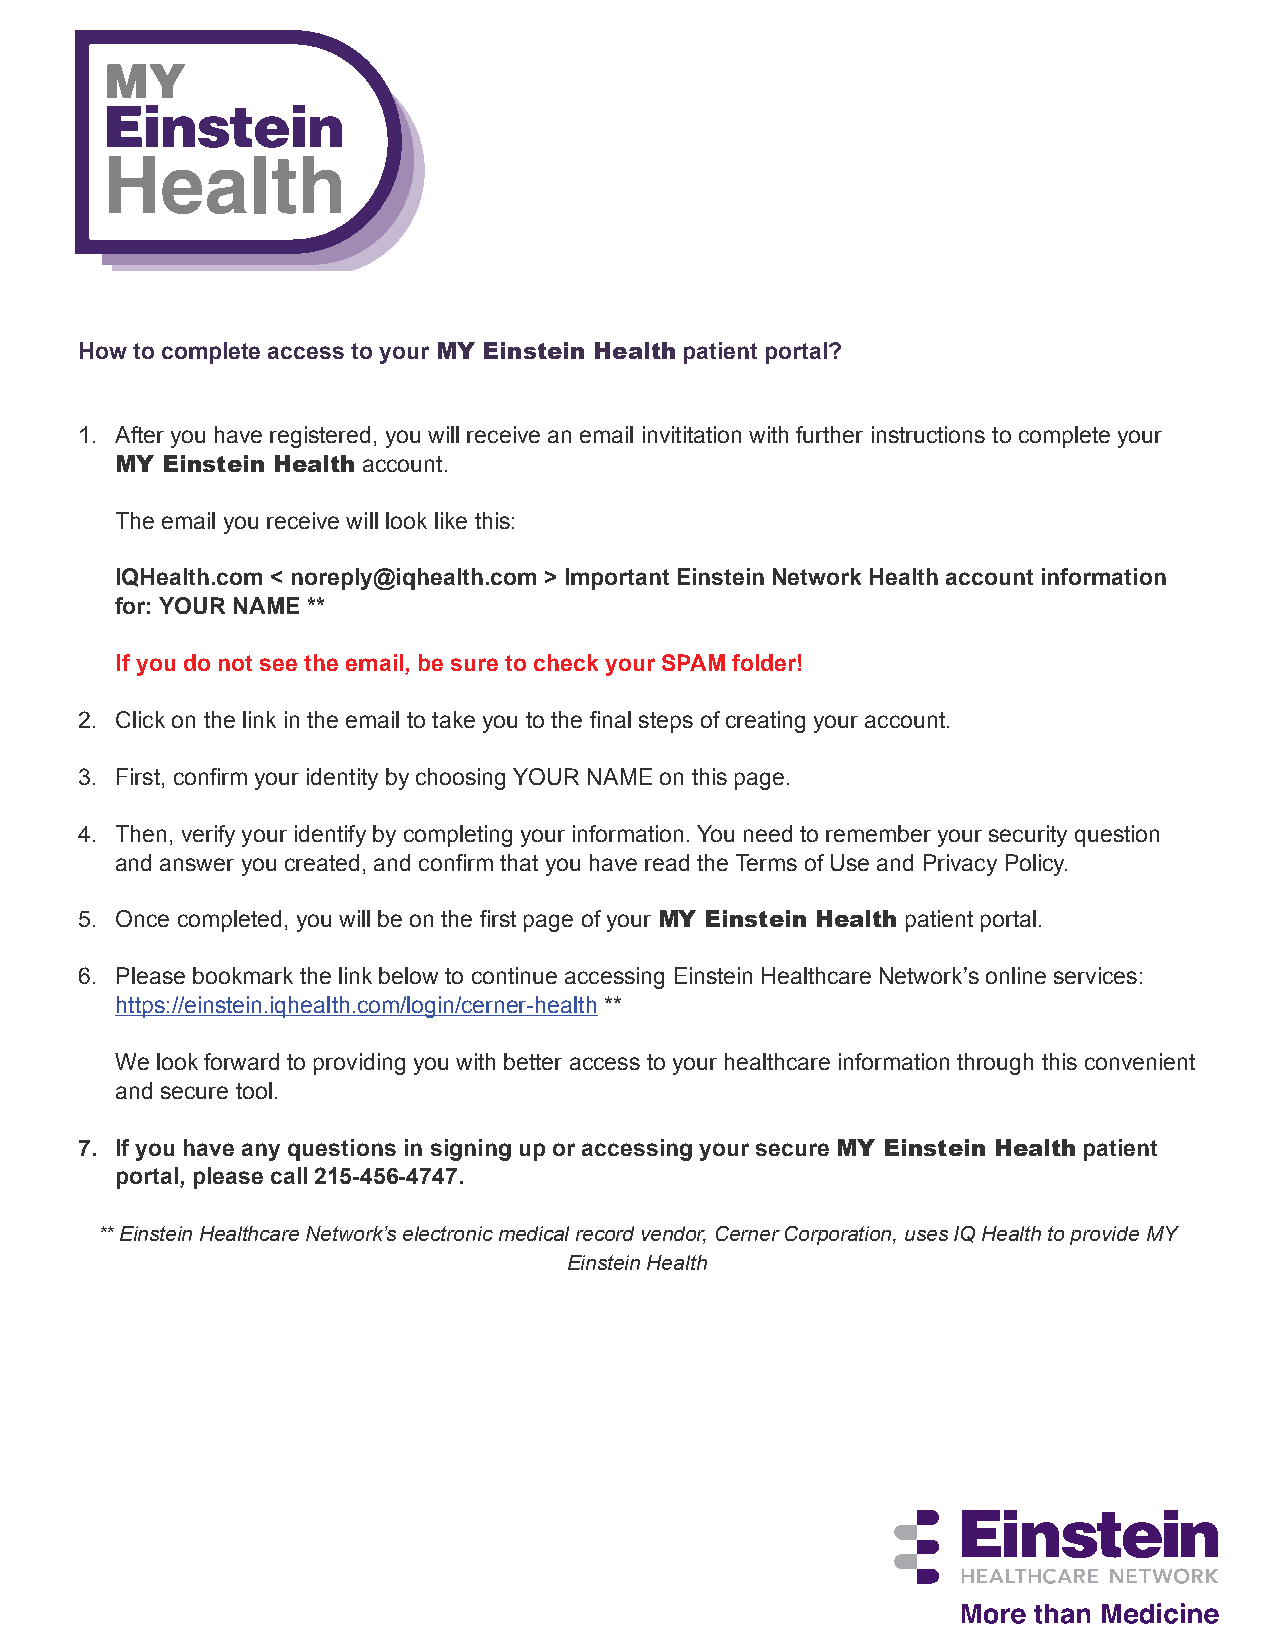
How to complete access to your MY Einstein Health patient portal?
 1. After you have registered, you will receive an email invititation with further instructions to complete your
 MY Einstein Health account.
 The email you receive will look like this:
 IQHealth.com < noreply@iqhealth.com > Important Einstein Network Health account information
 for: YOUR NAME **
 If you do not see the email, be sure to check your SPAM folder!
 2. Click on the link in the email to take you to the final steps of creating your account.
 3. First, confirm your identity by choosing YOUR NAME on this page.
 4. Then, verify your identify by completing your information. You need to remember your security question
 and answer you created, and confirm that you have read the Terms of Use and Privacy Policy.
 5. Once completed, you will be on the first page of your MY Einstein Health patient portal.
 6. Please bookmark the link below to continue accessing Einstein Healthcare Network’s online services:
 https://einstein.iqhealth.com/login/cerner-health **
 We look forward to providing you with better access to your healthcare information through this convenient
 and secure tool.
 7. If you have any questions in signing up or accessing your secure MY Einstein Health patient
 portal, please call 215-456-4747.
 ** Einstein Healthcare Network’s electronic medical record vendor, Cerner Corporation, uses IQ Health to provide MY
 Einstein Health